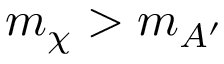
m _ { \chi } > m _ { A ^ { \prime } }